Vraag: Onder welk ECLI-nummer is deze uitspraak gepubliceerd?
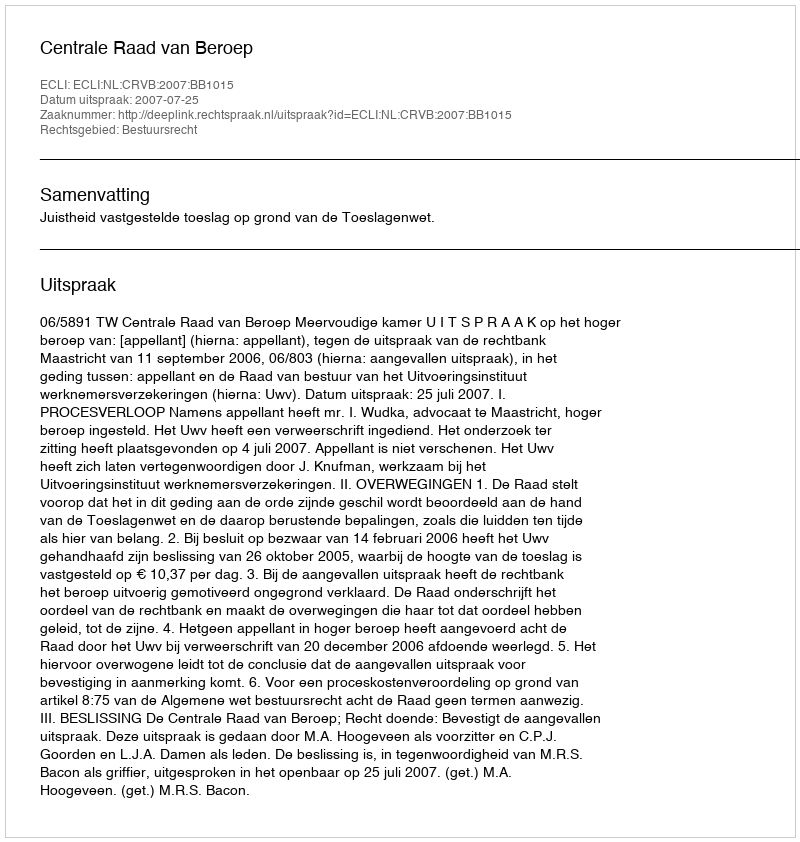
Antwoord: ECLI:NL:CRVB:2007:BB1015